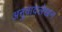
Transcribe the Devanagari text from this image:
अनुवादलेखन